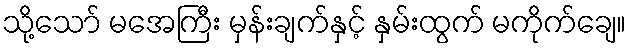
သို့သော် မအေကြီး မှန်းချက်နှင့် နှမ်းထွက် မကိုက်ချေ။